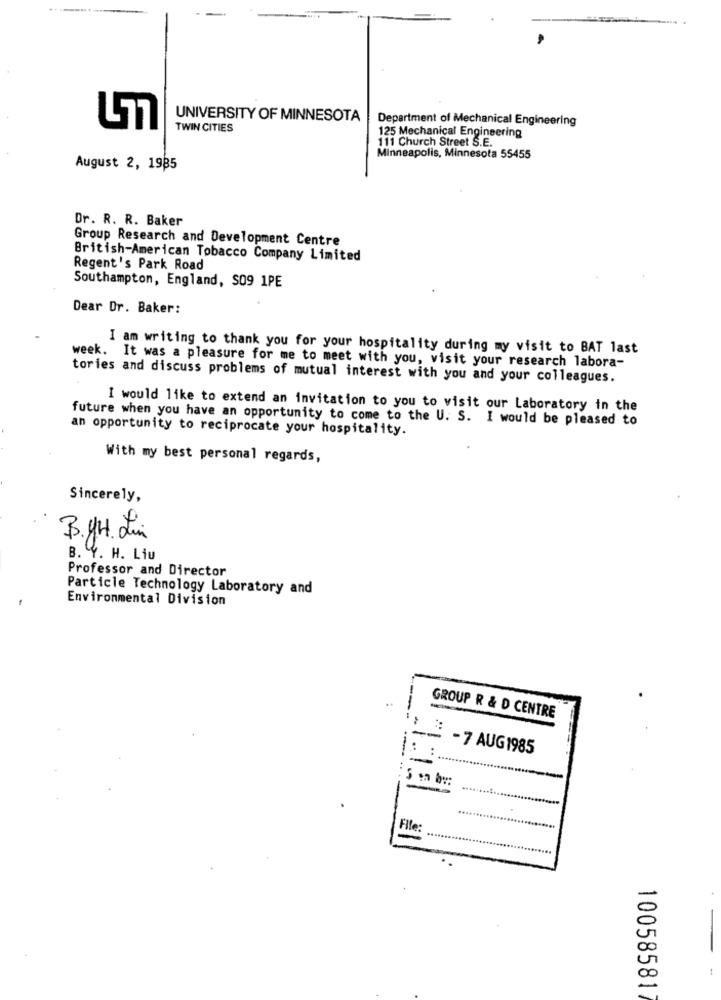
UNIVERSITY OF MINNESOTA
Department of Mechanical Engineering
TWIN CITIES
111 Church Street S.E.
125 Mechanical Engineering
Minneapolis, Minnesota 55455
August 2, 1935
Dr. R. R. Baker
Group Research and Development Centre
British-American Tobacco Company Limited
Regent's Park Road
Southampton, England, S09 1PE
Dear Dr. Baker:
I am writing to thank you for your hospitality during my visit to BAT last
week. It was a pleasure for me to meet with you, visit your research labora-
tories and discuss problems of mutual interest with you and your colleagues.
I would like to extend an invitation to you to visit our Laboratory in the
future when you have an opportunity to come to the U. S. I would be pleased to
an opportunity to reciprocate your hospitality.
With my best personal regards,
Sincerely,
B.UH Lin
B. Y. H. Liu
Professor and Director
Particle Technology Laboratory and
Environmental Division
GROUP R & D CENTRE
- 7 AUG1985
File:
20
00
10058581